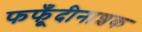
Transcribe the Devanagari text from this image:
फफूँदीनाशक